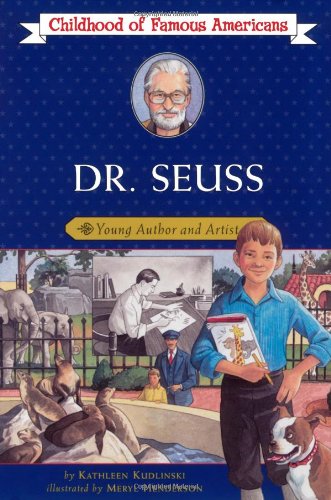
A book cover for Dr. Seuss: Young Author and Artist (Childhood of Famous Americans); Kathleen Kudlinski; Children's Books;